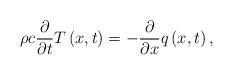
LaTeX: \begin{align*}\rho c\frac{\partial }{\partial t}T\left( x,t\right) =-\frac{\partial }{\partial x}q\left( x,t\right) , \end{align*}